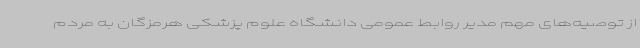
از توصیه‌های مهم مدیر روابط عمومی دانشگاه علوم پزشکی هرمزگان به مردم